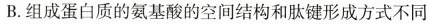
B.组成蛋白质的氨基酸的空间结构和肽键形成方式不同